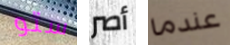
ستو أصر عندما